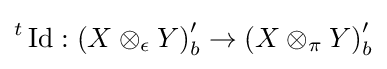
{}^{t}\operatorname {Id} :\left(X\otimes _{\epsilon }Y\right)_{b}^{\prime }\to \left(X\otimes _{\pi }Y\right)_{b}^{\prime }